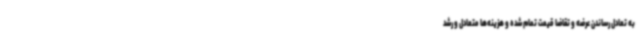
به تعادل رساندن عرضه و تقاضا قیمت تمام شده و هزینه‌ها متعادل و رشد